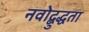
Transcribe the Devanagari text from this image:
नवोद्बुद्धता